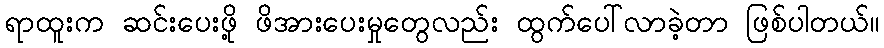
ရာထူးက ဆင်းပေးဖို့ ဖိအားပေးမှုတွေလည်း ထွက်ပေါ်လာခဲ့တာ ဖြစ်ပါတယ်။